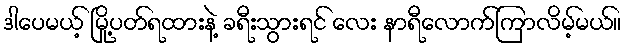
ဒါပေမယ့် မြို့ပတ်ရထားနဲ့ ခရီးသွားရင် လေး နာရီလောက်ကြာလိမ့်မယ်။